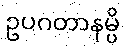
ဥပဂတာနမ္ပိ